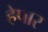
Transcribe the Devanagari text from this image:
हेपार